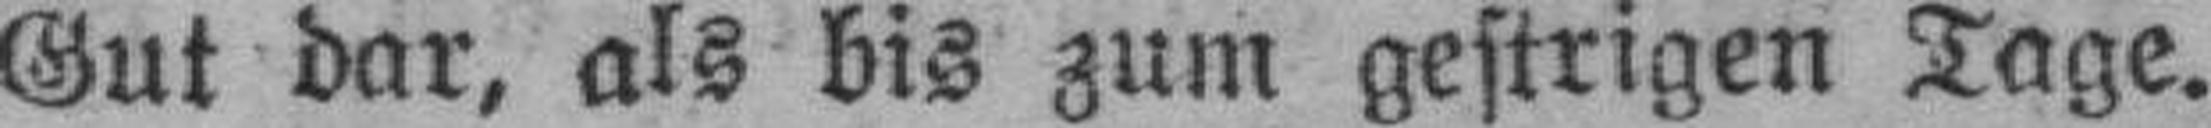
Gut dar, als bis zum gestrigen Tage.